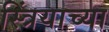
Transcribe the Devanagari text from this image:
स्त्रिंयाच्या